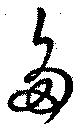
多